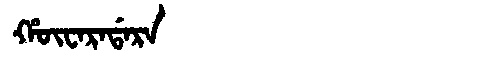
Manchu: ᡥᡡᠸᠠᡵᠠᡩᠠᡵᠠ
Romanization: HŪWARADARA